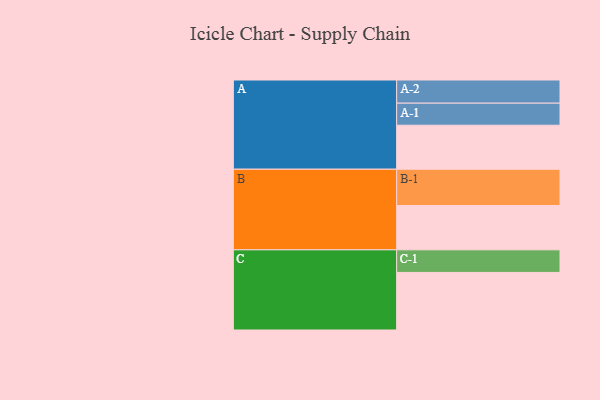
{"axis": {"x": "Segment", "y": "Value"}, "legend": ["", "A", "B", "C"], "data": [{"x": "A", "y": 321, "type": ""}, {"x": "B", "y": 323, "type": ""}, {"x": "C", "y": 420, "type": ""}, {"x": "A-1", "y": 161, "type": "A"}, {"x": "A-2", "y": 169, "type": "A"}, {"x": "B-1", "y": 265, "type": "B"}, {"x": "C-1", "y": 165, "type": "C"}]}